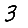
Digit: 3